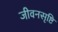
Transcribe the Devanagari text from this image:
जीवनसृष्टि